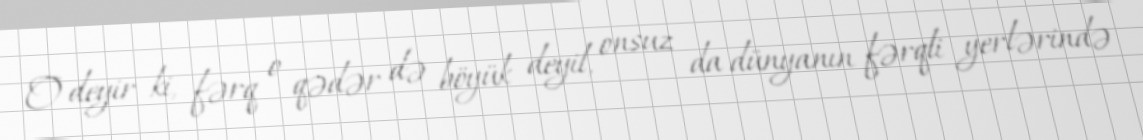
O deyir ki, fərq o qədər də böyük deyil, onsuz da dünyanın fərqli yerlərində